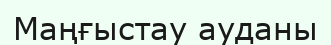
Маңғыстау ауданы